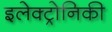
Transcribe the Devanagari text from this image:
इलेक्ट्रोनिकी